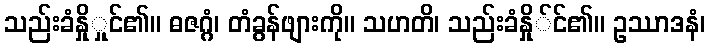
သည်းခံနှိုှုင်၏။ ဓဇဂ္ဂံ၊ တံခွန်ဖျားကို။ သဟတိ၊ သည်းခံနှို်င်၏။ ဥဿာဒနံ၊